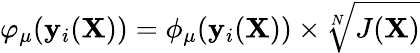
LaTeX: \varphi_{\mu}(\mathbf{y}_{i}(\mathbf{X}))=\phi_{\mu}(\mathbf{y}_{i}(\mathbf{X}))\times\sqrt[N]{J(\mathbf{X})}